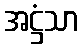
အဋ္ဌံသာ